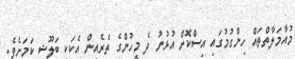
މުއާމަލާތްތައް ހިންގުމުގައި އިސްކޮށް އުޅުނު ދެ މީހުންގެ ތެރެއިން އެކަކީ ބަލޫޝީ ކަމަށެވެ.